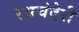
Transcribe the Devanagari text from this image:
रथचंदेरी